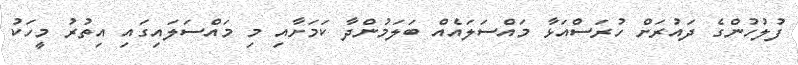
ފުލުހުންގެ ދައުރަށް ހުރަސްއަޅާ މައްސަލައެއް ބަލަމުންދާ ކަމަށާއި މި މައްސަލައިގައި އިތުރު މީހަކު